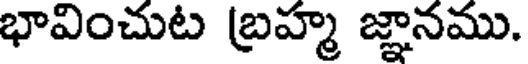
భావించుట బ్రహ్మ జ్ఞానము.